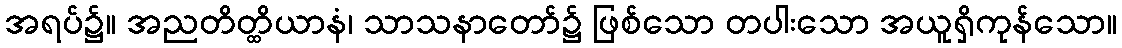
အရပ်၌။ အညတိတ္ထိယာနံ၊ သာသနာတော်၌ ဖြစ်သော တပါးသော အယူရှိကုန်သော။